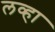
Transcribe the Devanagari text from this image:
लव्हा